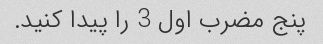
پنج مضرب اول 3 را پیدا کنید.